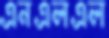
এনএলএল